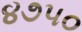
૪૭૫૦